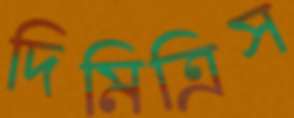
দিমিত্রিস